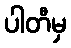
ပါတီမှ